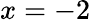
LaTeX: x=-2